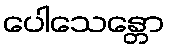
ပေါသေန္တော